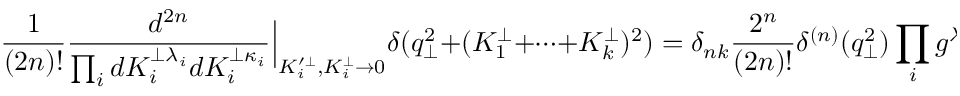
\frac { 1 } { ( 2 n ) ! } \frac { d ^ { 2 n } } { \prod _ { i } d K _ { i } ^ { \perp \lambda _ { i } } d K _ { i } ^ { \perp \kappa _ { i } } } \Big | _ { K _ { i } ^ { \prime \perp } , K _ { i } ^ { \perp } \to 0 } \delta ( q _ { \perp } ^ { 2 } + ( K _ { 1 } ^ { \perp } + \cdots + K _ { k } ^ { \perp } ) ^ { 2 } ) = \delta _ { n k } \frac { 2 ^ { n } } { ( 2 n ) ! } \delta ^ { ( n ) } ( q _ { \perp } ^ { 2 } ) \prod _ { i } g ^ { \lambda _ { i } \kappa _ { i } }